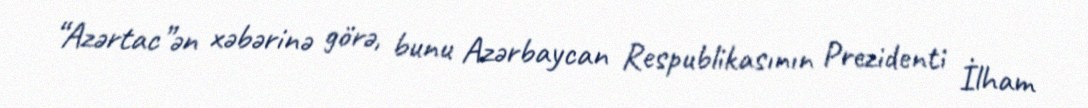
“Azərtac”ən xəbərinə görə, bunu Azərbaycan Respublikasının Prezidenti İlham